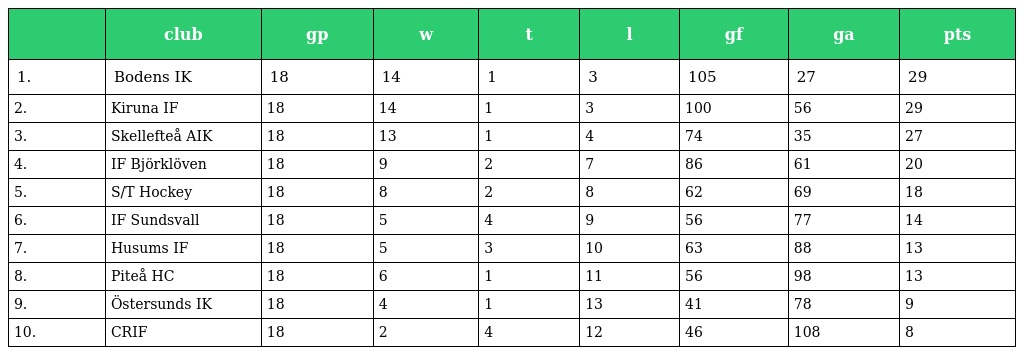
|  | club | gp | w | t | l | gf | ga | pts |
 | --- | --- | --- | --- | --- | --- | --- | --- | --- |
 | 1. | Bodens IK | 18 | 14 | 1 | 3 | 105 | 27 | 29 |
 | 2. | Kiruna IF | 18 | 14 | 1 | 3 | 100 | 56 | 29 |
 | 3. | Skellefteå AIK | 18 | 13 | 1 | 4 | 74 | 35 | 27 |
 | 4. | IF Björklöven | 18 | 9 | 2 | 7 | 86 | 61 | 20 |
 | 5. | S/T Hockey | 18 | 8 | 2 | 8 | 62 | 69 | 18 |
 | 6. | IF Sundsvall | 18 | 5 | 4 | 9 | 56 | 77 | 14 |
 | 7. | Husums IF | 18 | 5 | 3 | 10 | 63 | 88 | 13 |
 | 8. | Piteå HC | 18 | 6 | 1 | 11 | 56 | 98 | 13 |
 | 9. | Östersunds IK | 18 | 4 | 1 | 13 | 41 | 78 | 9 |
 | 10. | CRIF | 18 | 2 | 4 | 12 | 46 | 108 | 8 |